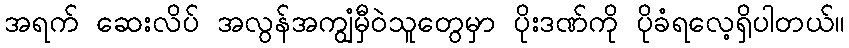
အရက် ဆေးလိပ် အလွန်အကျွံမှီဝဲသူတွေမှာ ပိုးဒဏ်ကို ပိုခံရလေ့ရှိပါတယ်။